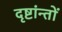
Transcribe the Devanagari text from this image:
दृष्टांन्तों